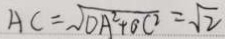
A C = \sqrt { D A ^ { 2 } + O C ^ { 2 } } = \sqrt { 2 }